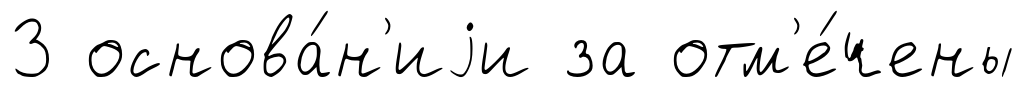
3 основа́н'иjи за отм'е́чены